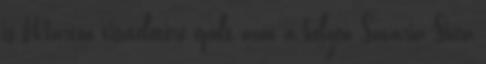
is Márton tiszteletére épült azon a helyen Savaria Sicca